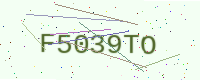
Text: F5039TO